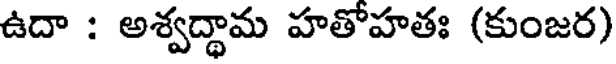
ఉదా : అశ్వద్ధామ హతోహతః (కుంజర)